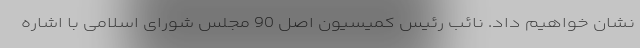
نشان خواهیم داد. نائب رئیس کمیسیون اصل 90 مجلس شورای اسلامی با اشاره